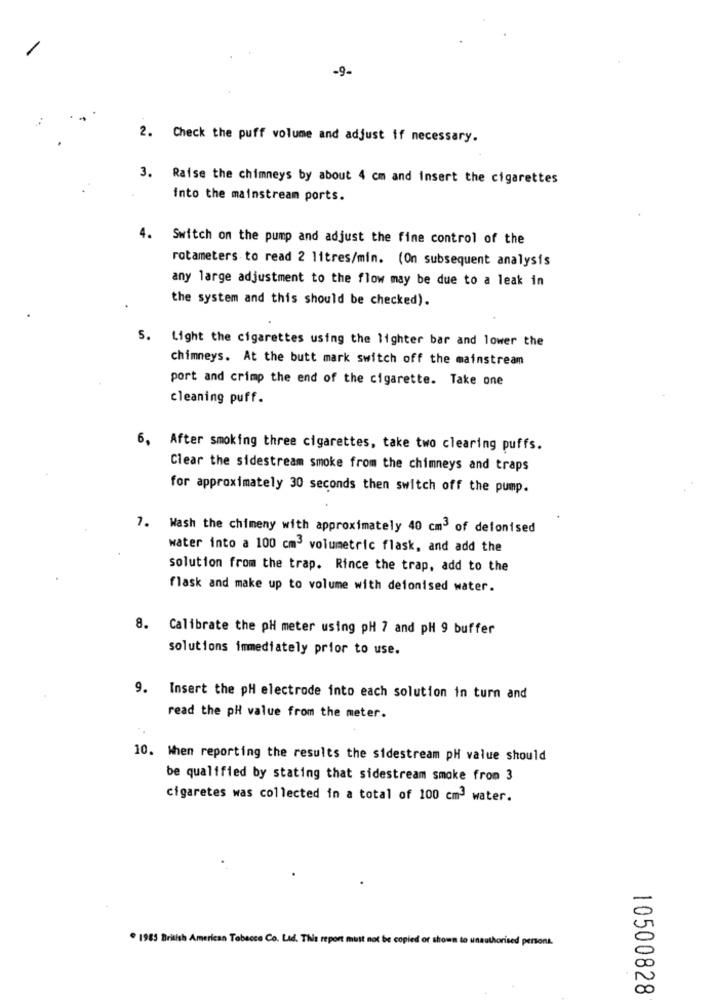
-9-
2. Check the puff volume and adjust if necessary.
3. Raise the chimneys by about 4 cm and insert the cigarettes
into the mainstream ports.
4.
Switch on the pump and adjust the fine control of the
rotameters to read 2 litres/min. (On subsequent analysis
any large adjustment to the flow may be due to a leak in
the system and this should be checked).
5.
Light the cigarettes using the lighter bar and lower the
chimneys. At the butt mark switch off the mainstream
port and crimp the end of the cigarette. Take one
cleaning puff.
6, After smoking three cigarettes, take two clearing puffs.
Clear the sidestream smoke from the chimneys and traps
for approximately 30 seconds then switch off the pump.
7. Wash the chimeny with approximately 40 cm3 of defonised
water into a 100 cm3 volumetric flask, and add the
solution from the trap. Rince the trap, add to the
flask and make up to volume with deionised water.
8. Calibrate the pH meter using pH 7 and pH 9 buffer
solutions immediately prior to use.
9.
Insert the pH electrode into each solution in turn and
read the pH value from the meter.
10. When reporting the results the sidestream pH value should
be qualified by stating that sidestream smoke from 3
cigaretes was collected in a total of 100 cm3 water.
. 1985 British American Tobacco Co. Ltd. This report must not be copied or shown to unauthorised persona.
10500828